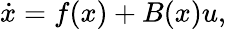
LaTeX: {\dot{x}}=f(x)+B(x)u,